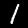
Label: 1